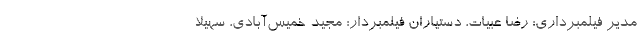
مدیر فیلمبرداری: رضا عبیات، دستیاران فیلمبردار: مجید خمیس‌آبادی، سهیلا